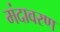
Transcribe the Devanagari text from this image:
मंदावरण